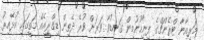
މަރިއާނާ ޓްރެންޗްގެ ފިނިހޫނުމިން ގަނޑުވާ ވަރަށް ވުރެ ދެތިން ޑިގްރީއެއް މަތީގައި އުޅޭއިރު